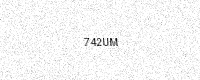
Text: 742UM